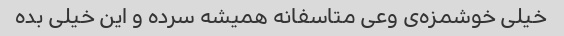
خیلی خوشمزه‌ی وعی متاسفانه همیشه سرده و این خیلی بده